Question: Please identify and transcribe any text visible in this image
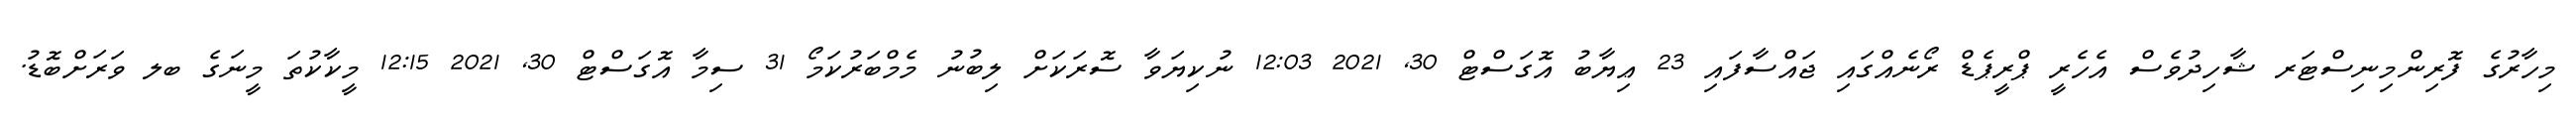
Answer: މިހާރުގެ ފޮރިންމިނިސްޓަރ ޝާހިދުވެސް އެހެރީ ޕްރީޕެޑް ރޯނެއްގައި ޖައްސާފައި 23 ޢިޔާބު އޮގަސްޓް 30, 2021 12:03 ނުކިޔަވާ ސޮރަކަށް ލިބުނު މެމްބަރުކަމޯ 31 ސިމާ އޮގަސްޓް 30, 2021 12:15 މީކާކުތަ މީނަގެ ބލ ވަރަށްބޮޑު.